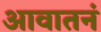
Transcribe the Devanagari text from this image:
आवातनं